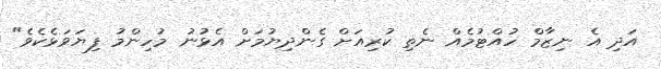
އަދި އެ ނިޒާމް ހުއްޓުމެއް ނެތި ކުރިއަށް ގެންދިޔުމަށް އެޅުނު މުހިންމު ފިޔަވަޅެކެވެ"